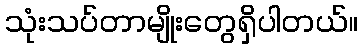
သုံးသပ်တာမျိုးတွေရှိပါတယ်။